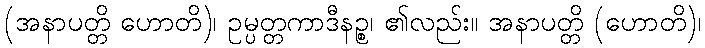
(အနာပတ္တိ ဟောတိ)၊ ဥမ္ပတ္တကာဒီနဉ္စ၊ ၏လည်း။ အနာပတ္တိ (ဟောတိ)၊